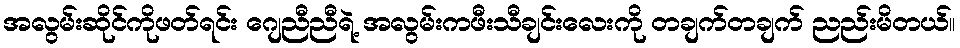
အလွမ်းဆိုင်ကိုဖတ်ရင်း ဂျေညီညီရဲ့ အလွမ်းကဖီးသီချင်းလေးကို တချက်တချက် ညည်းမိတယ်။